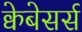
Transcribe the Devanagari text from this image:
क्वेबेसर्स